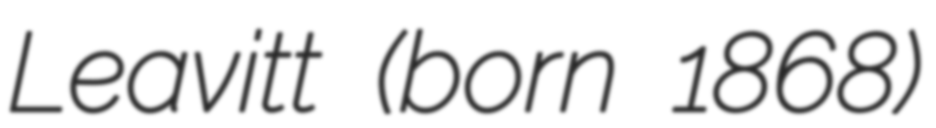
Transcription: Leavitt (born 1868)